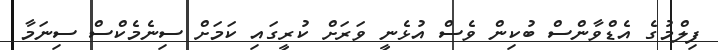
ފިލްމުގެ އެޑްވާންސް ބުކިން ވެސް އުޅެނީ ވަރަށް ކުރީގައި ކަމަށް ސިނެމެކްސް ސިނަމާ